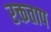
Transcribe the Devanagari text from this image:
रक्तताप